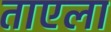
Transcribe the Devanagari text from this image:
ताएला